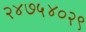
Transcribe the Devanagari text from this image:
२४७५४०२९